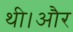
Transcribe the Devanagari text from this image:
थी।और